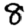
Digit: 8